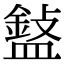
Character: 𥂲